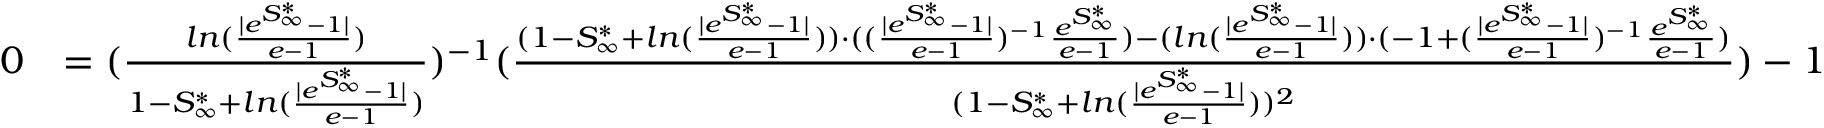
\begin{array} { r l } { 0 } & { = ( \frac { l n ( \frac { | e ^ { S _ { \infty } ^ { * } } - 1 | } { e - 1 } ) } { 1 - S _ { \infty } ^ { * } + l n ( \frac { | e ^ { S _ { \infty } ^ { * } } - 1 | } { e - 1 } ) } ) ^ { - 1 } ( \frac { ( 1 - S _ { \infty } ^ { * } + l n ( \frac { | e ^ { S _ { \infty } ^ { * } } - 1 | } { e - 1 } ) ) \cdot ( ( \frac { | e ^ { S _ { \infty } ^ { * } } - 1 | } { e - 1 } ) ^ { - 1 } \frac { e ^ { S _ { \infty } ^ { * } } } { e - 1 } ) - ( l n ( \frac { | e ^ { S _ { \infty } ^ { * } } - 1 | } { e - 1 } ) ) \cdot ( - 1 + ( \frac { | e ^ { S _ { \infty } ^ { * } } - 1 | } { e - 1 } ) ^ { - 1 } \frac { e ^ { S _ { \infty } ^ { * } } } { e - 1 } ) } { ( 1 - S _ { \infty } ^ { * } + l n ( \frac { | e ^ { S _ { \infty } ^ { * } } - 1 | } { e - 1 } ) ) ^ { 2 } } ) - 1 } \end{array}